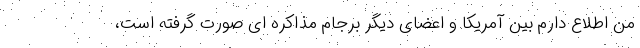
من اطلاع دارم بین آمریکا و اعضای دیگر برجام مذاکره ای صورت گرفته است،